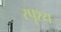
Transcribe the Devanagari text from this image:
स्पृश्‍य